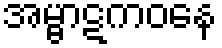
အမ္ဗာဋကဝနေ